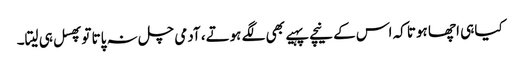
کیا ہی اچھا ہوتا کہ اس کے نیچے پہیے بھی لگے ہوتے، آدمی چل نہ پاتا توپھسل ہی لیتا۔